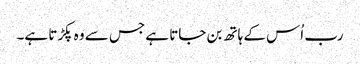
رب اُس کے ہاتھ بن جاتا ہے جس سے وہ پکڑتا ہے۔